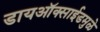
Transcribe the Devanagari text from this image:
डायऑक्साईडमुळे